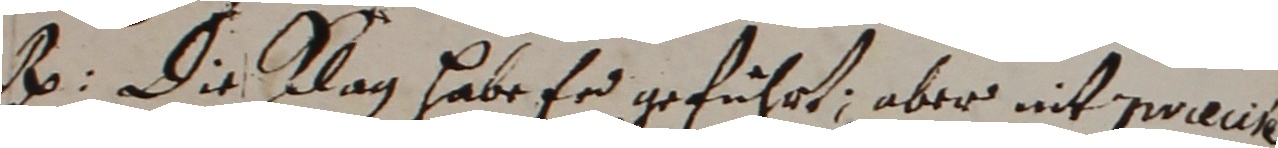
. Die klag habe er geführt, aber nit pracin